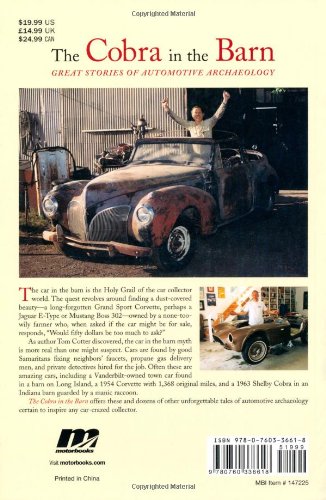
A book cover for The Cobra in the Barn: Great Stories of Automotive Archaeology; Tom Cotter; Crafts, Hobbies & Home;